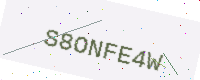
Text: S8ONFE4W